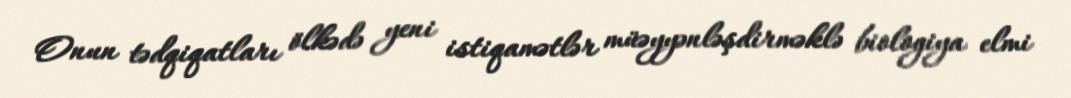
Onun tədqiqatları ölkədə yeni istiqamətlər müəyyənləşdirməklə biologiya elmi